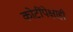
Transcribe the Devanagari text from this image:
कोटींपेक्षाही